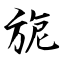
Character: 旎